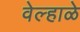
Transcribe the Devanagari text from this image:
वेल्हाळे